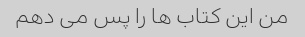
من این کتاب ها را پس می دهم